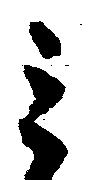
ミ